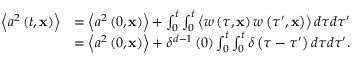
\begin{array} { r l } { \left\langle a ^ { 2 } \left( t , \mathbf { x } \right) \right\rangle } & { = \left\langle a ^ { 2 } \left( 0 , \mathbf { x } \right) \right\rangle + \int _ { 0 } ^ { t } \int _ { 0 } ^ { t } \left\langle w \left( \tau , \mathbf { x } \right) w \left( \tau ^ { \prime } , \mathbf { x } \right) \right\rangle d \tau d \tau ^ { \prime } } \\ & { = \left\langle a ^ { 2 } \left( 0 , \mathbf { x } \right) \right\rangle + \delta ^ { d - 1 } \left( 0 \right) \int _ { 0 } ^ { t } \int _ { 0 } ^ { t } \delta \left( \tau - \tau ^ { \prime } \right) d \tau d \tau ^ { \prime } . } \end{array}